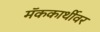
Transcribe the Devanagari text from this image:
मॅककार्थीवर